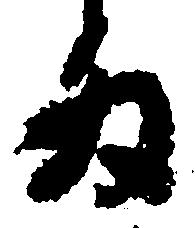
為